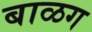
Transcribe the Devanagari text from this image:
बाळग